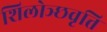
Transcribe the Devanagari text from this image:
शिलोञ्छवृत्ति